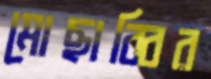
মোছাব্বির